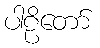
ပါဠိတော်